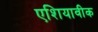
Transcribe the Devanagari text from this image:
एशियावीक